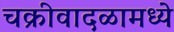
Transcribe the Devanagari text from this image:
चक्रीवादळामध्ये